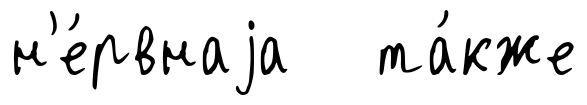
н'е́рвнаjа та́кже